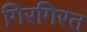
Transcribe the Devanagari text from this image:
गिरगिरत